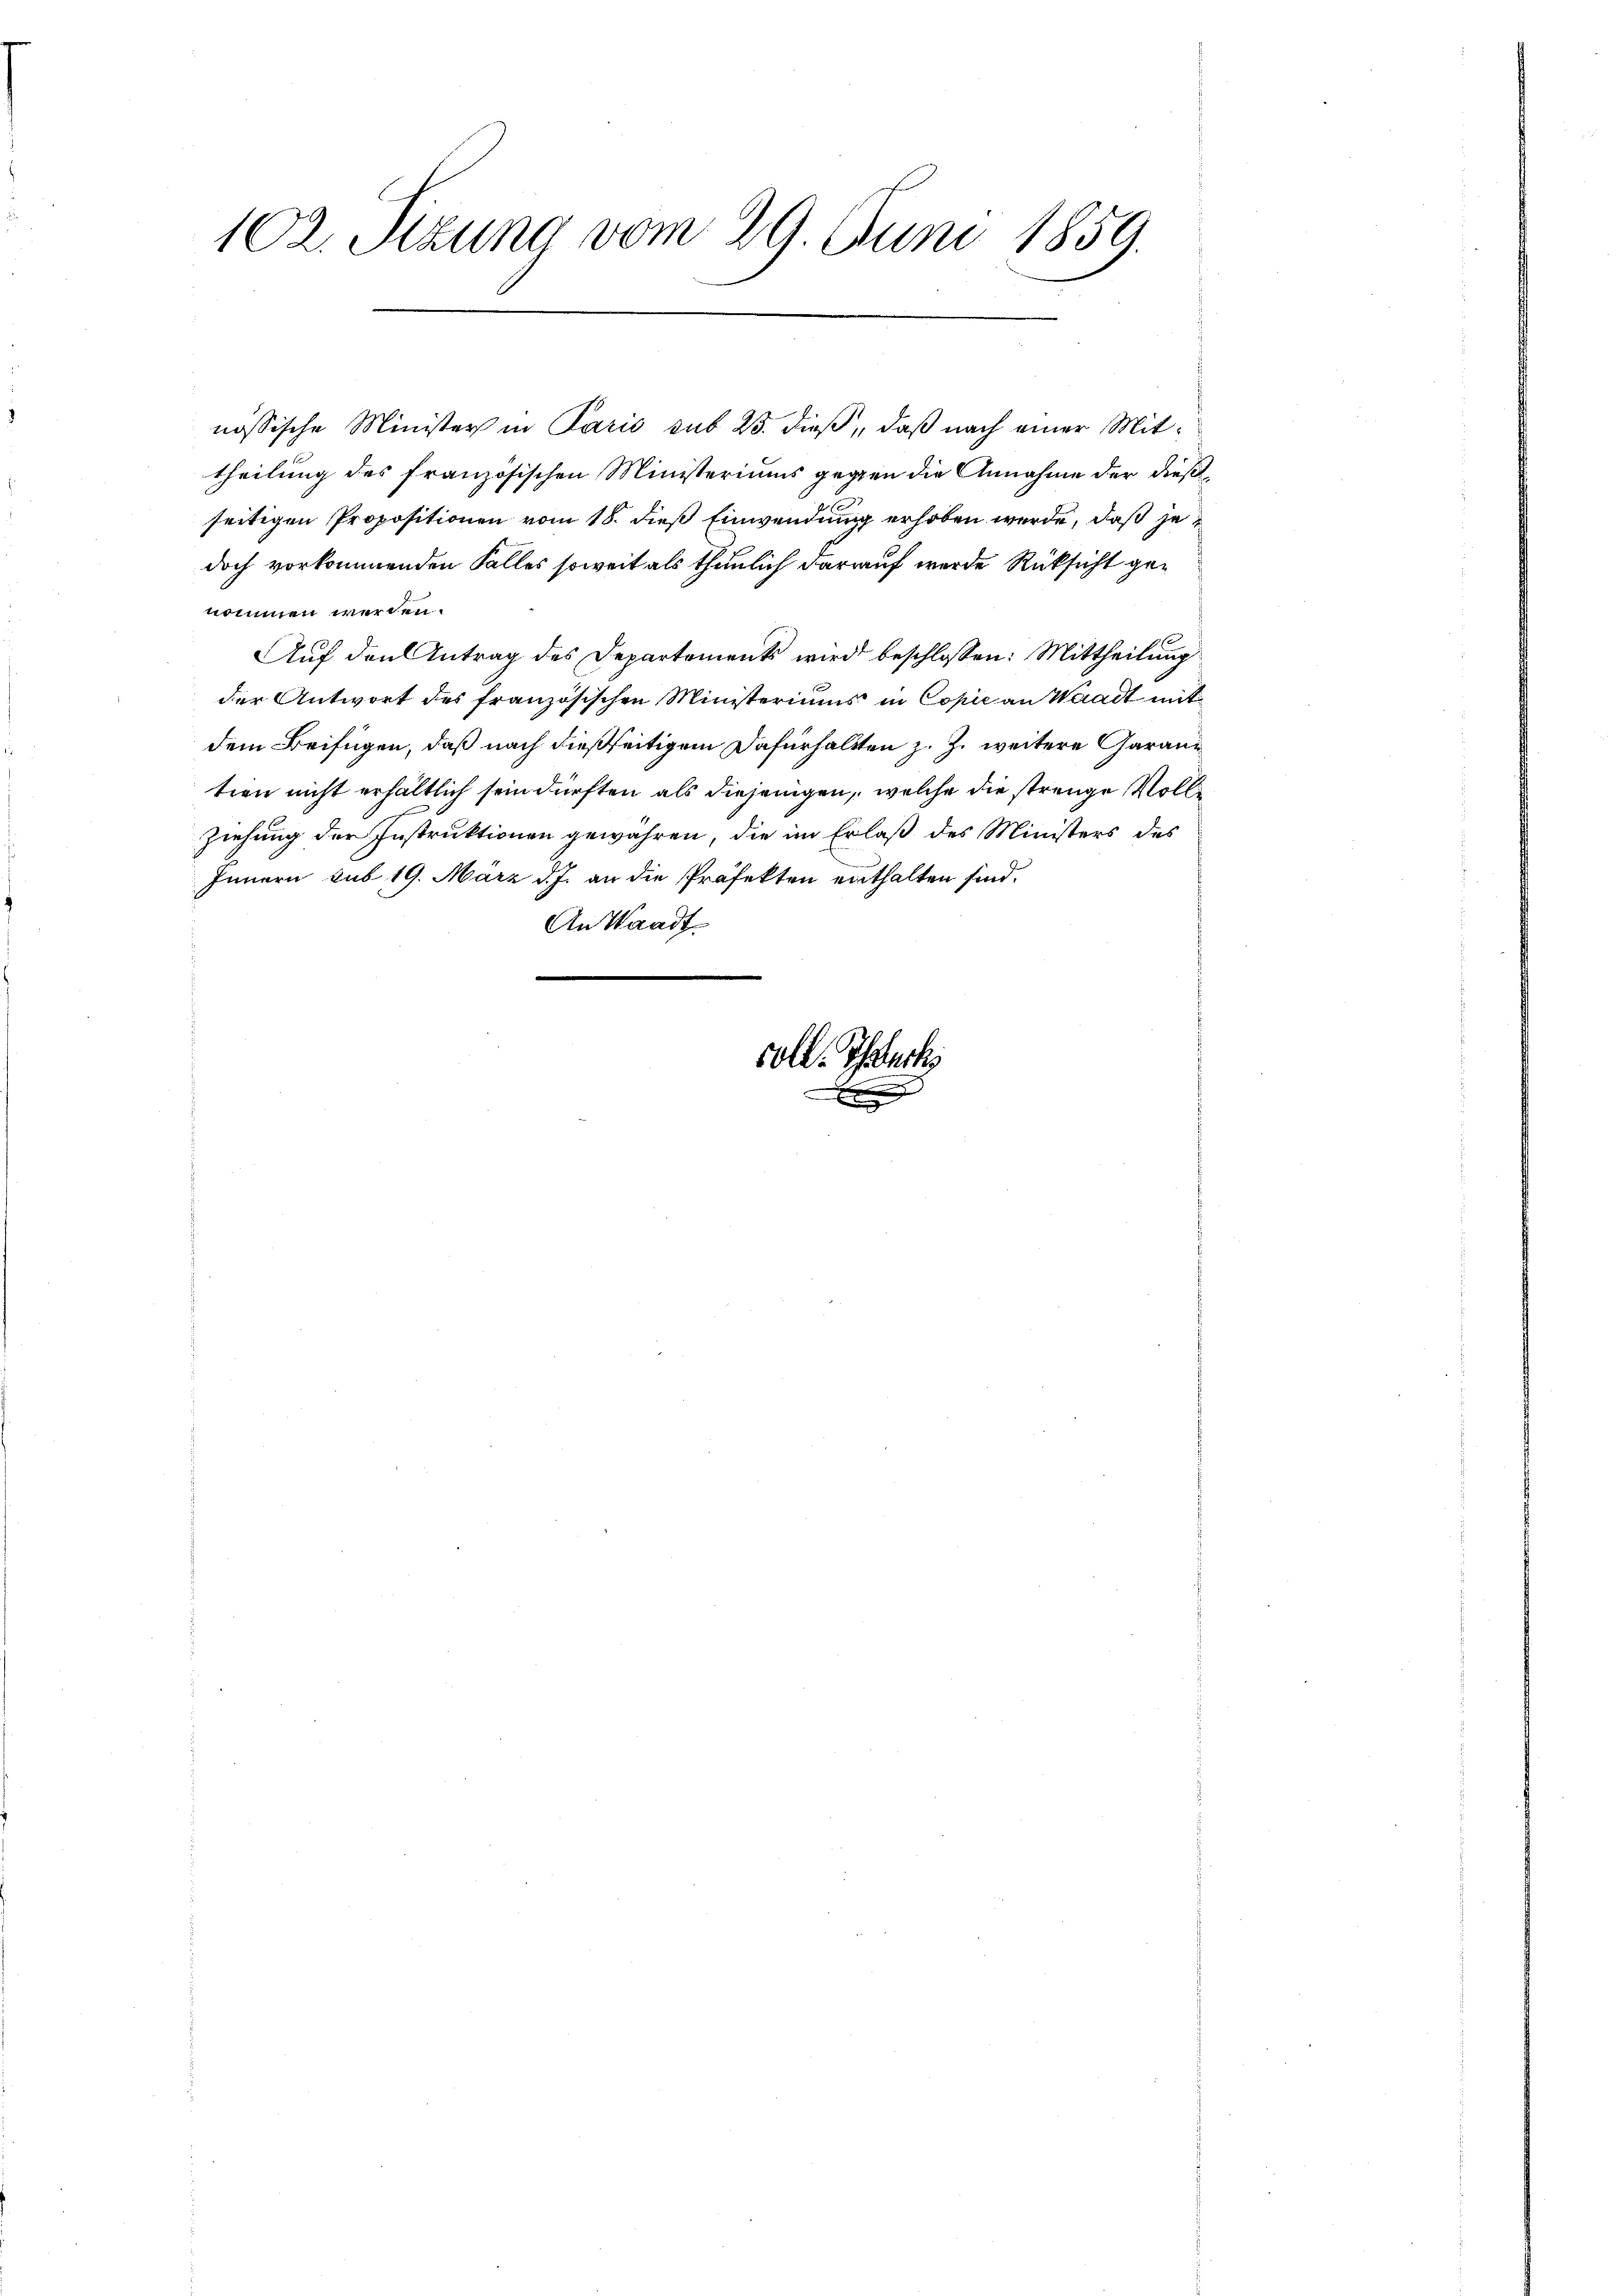
102. Sitzung vom 29. Juni 1859.

nössische Minister in Paris sub 25. dieß, daß nach einer Mittheilung des französischen Ministeriums gegen die Annahme der dießseitigen Propositionen vom 18. dieß Einwendung erhoben werde, daß jedoch vorkommenden Falles soweit als thunlich darauf werde Rücksicht genommen werden.
Aŭf den Antrag des Departements wird beschlossen: Mittheilung
der Antwort des französischen Ministeriums in Copie an Waadt mit
dem Beifügen, daß nach dießseitigem Dafürhaltten z. Z. weitere Garantien nicht erhältlich sein dürften als diejenigen, welche die strenge Volle
ziehung der Instruktionen gewähren, die im Erlaß des Ministers des
Innern sub 19. März d. J. an die Präfekten enthalten sind.
An Waadt
e

coll. Thurk